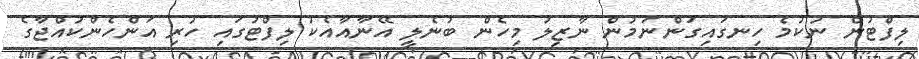
ލިފްޓުން ނުކުމެ ހިނގައިގަންނަމުން ނާޒިލު މިހެން ބުނެލީ އޭނާއާއެކު ލިފްޓުގައި ހުރި އަންހެންކުއްޖާގެ